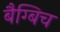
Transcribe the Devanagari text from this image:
बैग्बिच